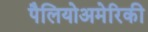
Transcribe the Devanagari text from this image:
पैलियोअमेरिकी